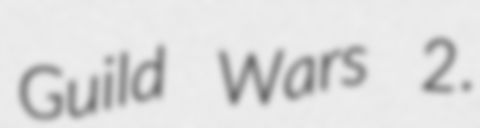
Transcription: Guild Wars 2.